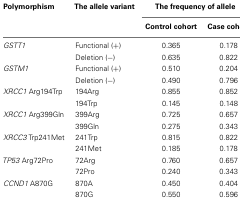
<table><thead><tr><td><b>Polymorphism</b></td><td><b>The allele variant</b></td><td colspan="2"><b>The frequency of allele</b></td></tr><tr><td></td><td></td><td><b>Control cohort</b></td><td><b>Case cohort</b></td></tr></thead><tbody><tr><td><i>GSTT1</i></td><td>Functional (+)</td><td>0.365</td><td>0.178</td></tr><tr><td></td><td>Deletion (−)</td><td>0.635</td><td>0.822</td></tr><tr><td><i>GSTM1</i></td><td>Functional (+)</td><td>0.510</td><td>0.204</td></tr><tr><td></td><td>Deletion (−)</td><td>0.490</td><td>0.796</td></tr><tr><td><i>XRCC1</i> Arg194Trp</td><td>194Arg</td><td>0.855</td><td>0.852</td></tr><tr><td></td><td>194Trp</td><td>0.145</td><td>0.148</td></tr><tr><td><i>XRCC1</i> Arg399Gln</td><td>399Arg</td><td>0.725</td><td>0.657</td></tr><tr><td></td><td>399Gln</td><td>0.275</td><td>0.343</td></tr><tr><td><i>XRCC3</i> Trp241Met</td><td>241Trp</td><td>0.815</td><td>0.822</td></tr><tr><td></td><td>241Met</td><td>0.185</td><td>0.178</td></tr><tr><td><i>TP53</i> Arg72Pro</td><td>72Arg</td><td>0.760</td><td>0.657</td></tr><tr><td></td><td>72Pro</td><td>0.240</td><td>0.343</td></tr><tr><td><i>CCND1</i> A870G</td><td>870A</td><td>0.450</td><td>0.404</td></tr><tr><td></td><td>870G</td><td>0.550</td><td>0.596</td></tr></tbody></table>